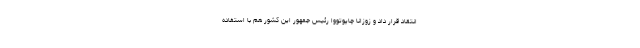
انتقاد قرار داد و زوزانا چاپوتووا رئیس جمهور این کشور هم با استفاده